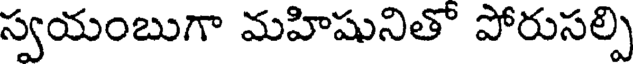
స్వయంబుగా మహిషునితో పోరుసల్పి